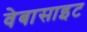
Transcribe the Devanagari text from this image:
वेबासाइट